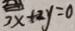
3 x + 2 y = 0